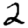
Digit: 2